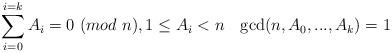
LaTeX: \begin{align*} \sum_{i=0}^{i=k} A_i=0 \ (mod \ n), 1 \le A_i <n \ \ \ {\rm gcd}(n,A_0,...,A_k)=1\end{align*}